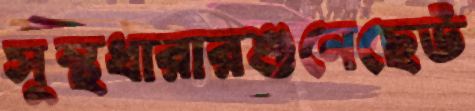
সুস্থধারারশুনেছেউ